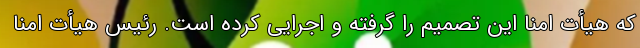
که هیأت امنا این تصمیم را گرفته و اجرایی کرده است. رئیس هیأت امنا